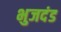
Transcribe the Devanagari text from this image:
भुजदंड